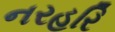
નરહરિ